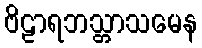
ဗိဠာရဘသ္တာသမေန